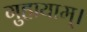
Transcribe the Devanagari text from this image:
गुहायाम्।